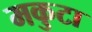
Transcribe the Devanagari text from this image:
मकुटा